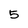
Character: 5